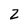
Character: 2